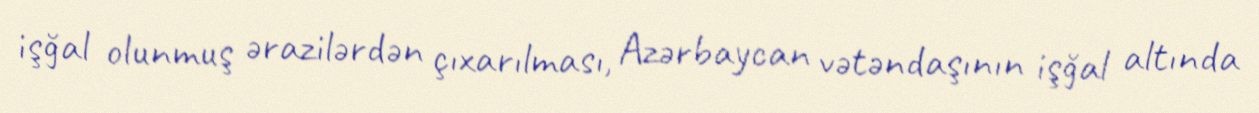
işğal olunmuş ərazilərdən çıxarılması, Azərbaycan vətəndaşının işğal altında